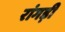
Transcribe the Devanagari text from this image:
रांगड़ी